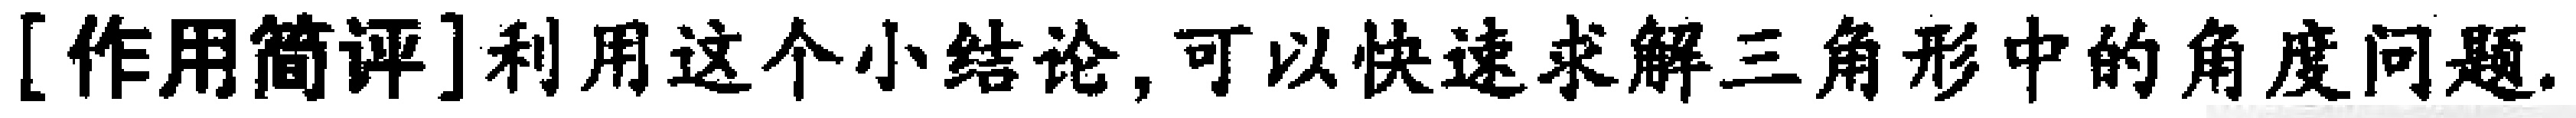
[作用简评]利用这个小结论,可以快速求解三角形中的角度问题.